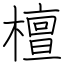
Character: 檀